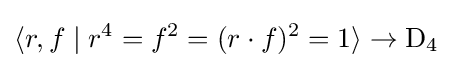
\langle r,f\mid r^{4}=f^{2}=(r\cdot f)^{2}=1\rangle \to \mathrm {D} _{4}